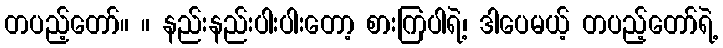
တပည့်တော်။ ။ နည်းနည်းပါးပါးတော့ စားကြပါရဲ့၊ ဒါပေမယ့် တပည့်တော်ရဲ့